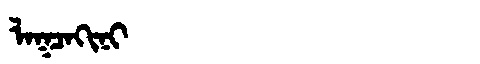
Manchu: ᠯᠠᡴᠴᠠᡴᡳᠨᡳ
Romanization: LAKCAKINI